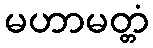
မဟာမတ္တံ